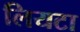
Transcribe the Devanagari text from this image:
लियटा